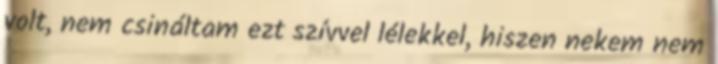
volt, nem csináltam ezt szívvel lélekkel, hiszen nekem nem